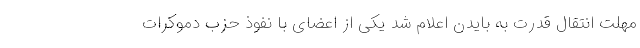
مهلت انتقال قدرت به بایدن اعلام شد یکی از اعضای با نفوذ حزب دموکرات